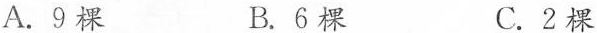
A.9棵 B.6棵 C.2棵